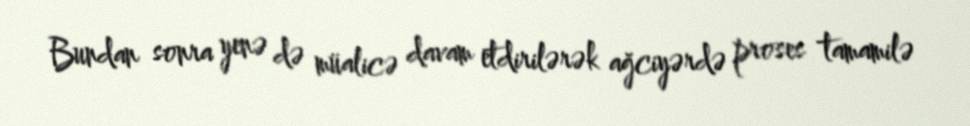
Bundan sonra yenə də müalicə davam etdirilərək ağciyərdə proses tamamilə